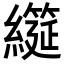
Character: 𮉌